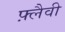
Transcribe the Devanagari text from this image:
फ़्लैवी